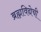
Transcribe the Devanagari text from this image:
ब्रह्मविद्येची